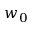
w _ { 0 }